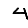
Digit: 4